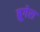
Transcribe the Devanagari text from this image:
ब्रूगेरा